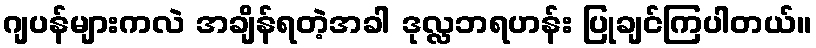
ဂျပန်များကလဲ အချိန်ရတဲ့အခါ ဒုလ္လဘရဟန်း ပြုချင်ကြပါတယ်။